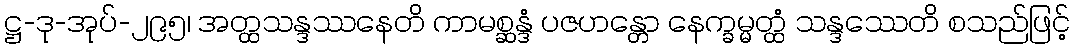
ဋ္ဌ-ဒု-အုပ်-၂၉၅၊ အတ္ထသန္ဒဿနေတိ ကာမစ္ဆန္ဒံ ပဇဟန္တော နေက္ခမ္မတ္ထံ သန္ဒဿေတိ စသည်ဖြင့်